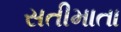
સતીમાતા